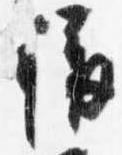
称